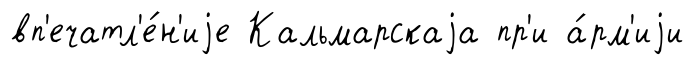
вп'ечатл'е́н'иjе Кальмарскаjа пр'и а́рм'иjи